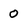
Character: 0